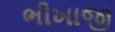
ભીખાજી